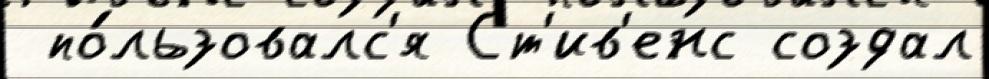
 по́льзовалс'я Ст'ив'енс создал